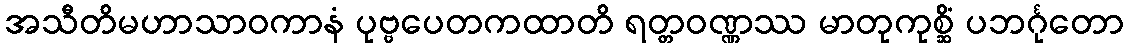
အသီတိမဟာသာဝကာနံ ပုဗ္ဗပေတကထာတိ ရတ္တဝဏ္ဏဿ မာတုကုစ္ဆိံ ပဘင်္ဂုတော